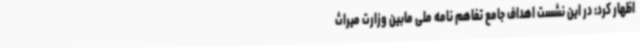
اظهار کرد: در این نشست اهداف جامع تفاهم نامه ملی مابین وزارت میراث